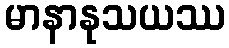
မာနာနုသယဿ